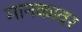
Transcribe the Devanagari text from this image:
मानकावर